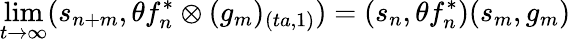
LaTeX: \operatorname*{lim}_{t\rightarrow\infty}(s_{n+m},\theta f_{n}^{\ast}\otimes(g_{m})_{(ta,1)})=(s_{n},\theta f_{n}^{\ast})(s_{m},g_{m})